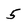
Character: 5